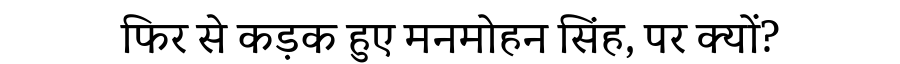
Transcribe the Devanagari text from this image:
फिर से कड़क हुए मनमोहन सिंह, पर क्यों?